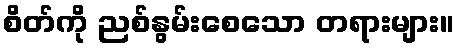
စိတ်ကို ညစ်နွမ်းစေသော တရားများ။